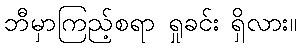
ဘီမှာကြည့်စရာ ရှုခင်း ရှိလား။